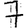
Digit: 7